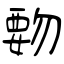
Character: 覅